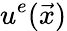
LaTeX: u^{e}(\vec{x})